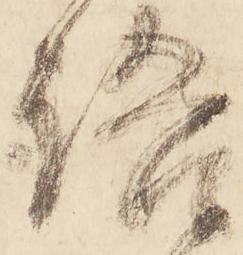
語